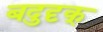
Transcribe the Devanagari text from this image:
बदुदृक्